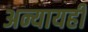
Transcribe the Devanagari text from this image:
अन्यायही